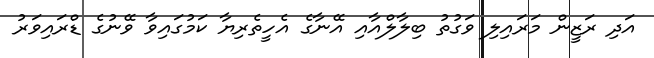
އަދި ރަޒީން މަރައިލި ވަގުތު ބިލާލްއާއި އޭނާގެ އެހީތެރިޔާ ކަމުގައިވާ ވޭނުގެ ޑްރައިވަރު